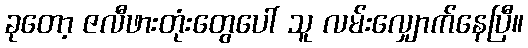
ခုတော့ ဇလီဖားတုံးတွေပေါ် သူ လမ်းလျှောက်နေပြီ။